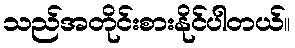
သည်အတိုင်းစားနိုင်ပါတယ်။